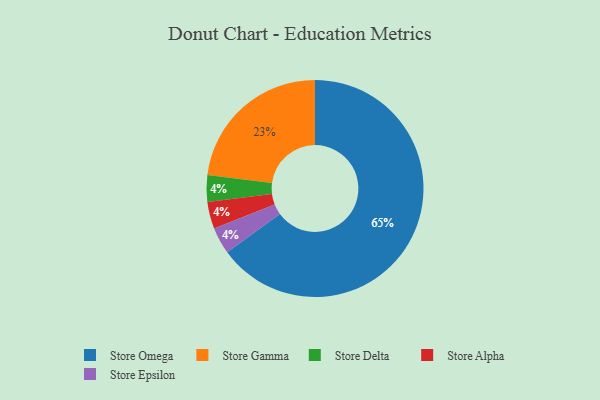
{"axis": {"x": "Category", "y": "Percentage"}, "legend": ["Store Alpha", "Store Delta", "Store Epsilon", "Store Gamma", "Store Omega"], "data": [{"x": "Store Gamma", "y": 23, "type": "Store Gamma"}, {"x": "Store Omega", "y": 65, "type": "Store Omega"}, {"x": "Store Delta", "y": 4, "type": "Store Delta"}, {"x": "Store Alpha", "y": 4, "type": "Store Alpha"}, {"x": "Store Epsilon", "y": 4, "type": "Store Epsilon"}]}